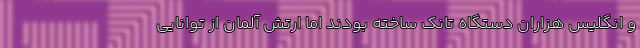
و انگلیس هزاران دستگاه تانک ساخته بودند اما ارتش آلمان از توانایی